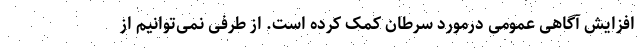
افزایش آگاهی عمومی درمورد سرطان کمک کرده است. از طرفی نمی‌توانیم از